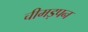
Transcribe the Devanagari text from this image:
चीमड़पन